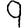
Digit: 9